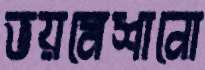
ভয়মেশানো